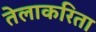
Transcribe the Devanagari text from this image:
तेलाकरिता